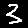
Digit: 3